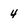
Character: 4